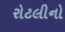
રોટલીનો